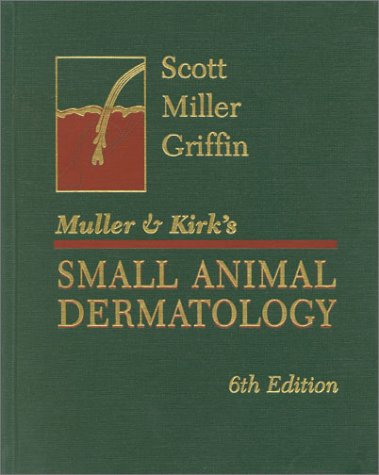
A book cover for Muller and Kirk's Small Animal Dermatology, 6e; Danny W. Scott DVM  DACVD; Medical Books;